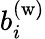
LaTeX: b_{i}^{\mathrm{(w)}}